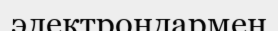
электрондармен